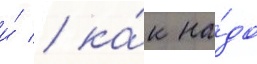
и́ / ка́к на́до